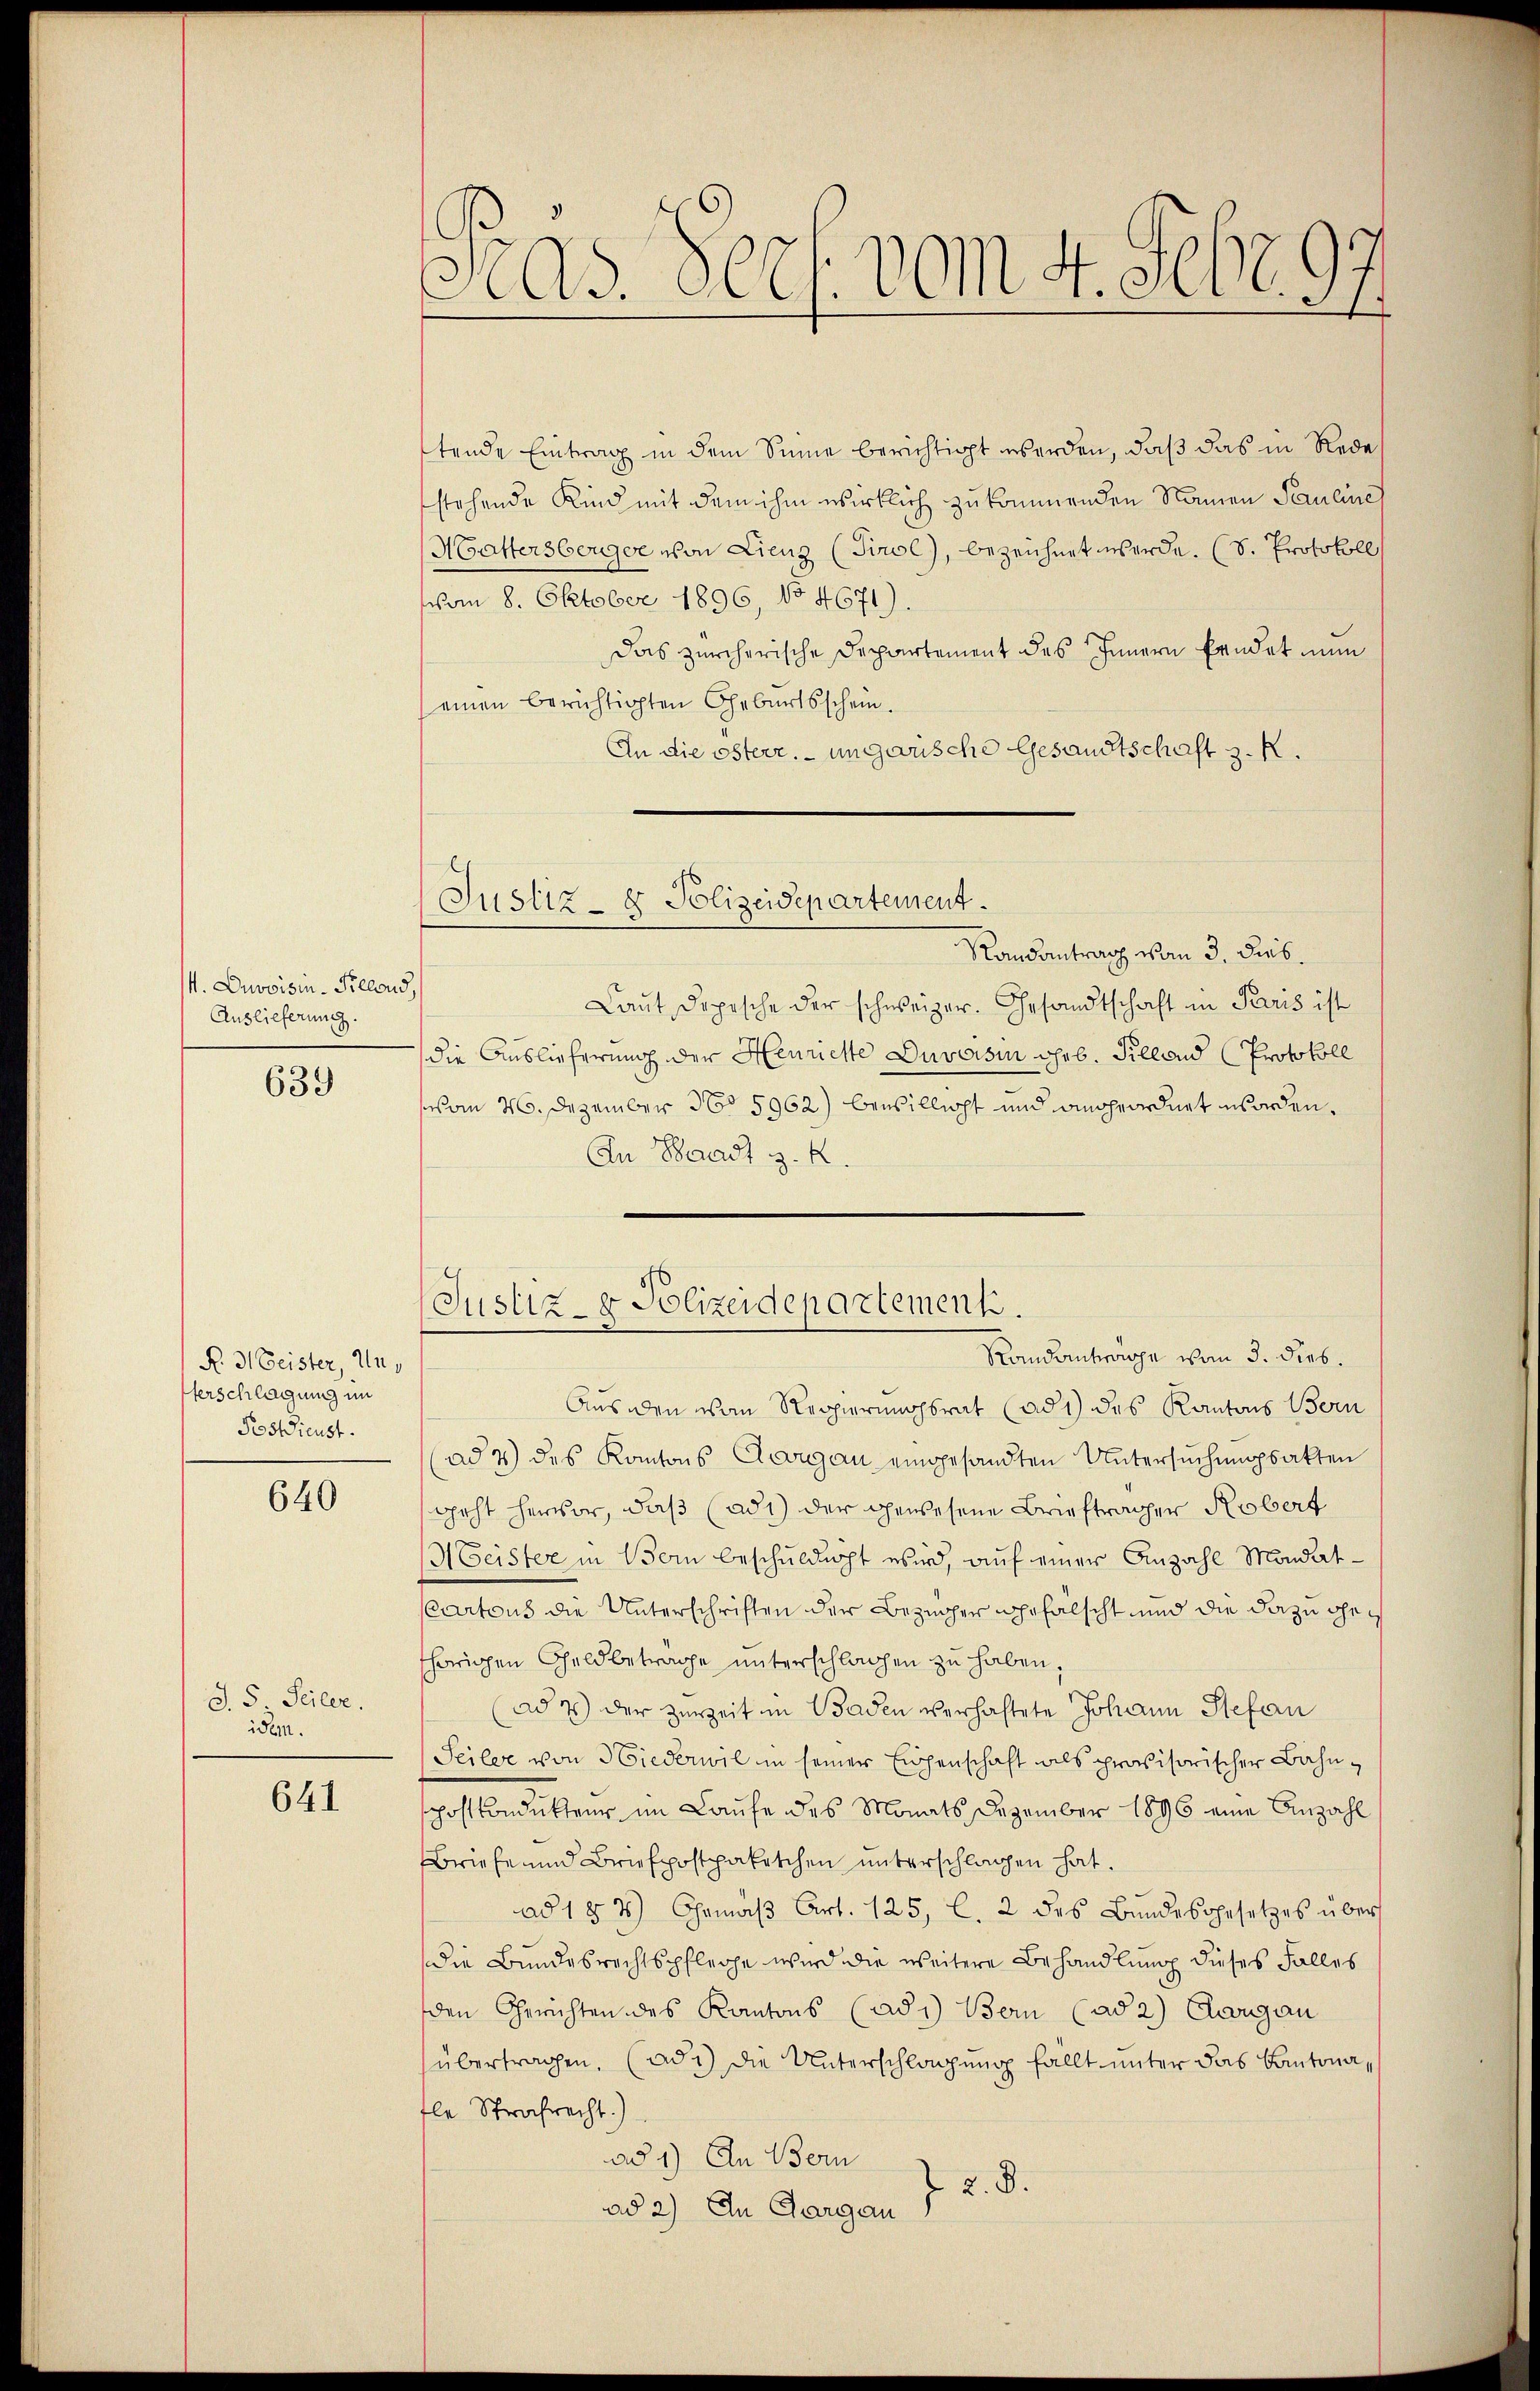
4. Duvoisin - Recens,
Auslieferung.

639

N. 3. Beister, Unferschlagung im
Postdienst.

640

§. 5. Seiler.
iden.

641

Pras. Pech. vom 4. Febr. 97.

tende Eintrag in dem Sinne berichtigt werden, daß das in Rede
stehende Kind mit dem ihm wirklich zu kommenden Namen Pauline
Mattersberger von Lienz (Tirol, bezeichnet werde. (S. Protokoll
vom 8. Oktober 1896, No 4671).
Das zürcherische Departement des Innern Erndet nun
einen berichtigten Geburtsschein.
An die österr. ungarische Gesandtschaft z. R.
Randantrag von 3. dies.
Laut Depesche der schweizer. Gesandtschaft in Paris ist
die Auslieferung der Henrichte Duvoisin geb. Silland (Protokoll
vom 26. Dezember 16. 5962) bewillicht und angeordnet worden.
An Waadt z. B.
Justiz- & Polizeidepartement.
Randantrage vom 3. dies
Aus den von Reppiermachsrat (ad 1) des Kantons Bern
ad 4) des Kantons Aargau eingesandten Untersuchungsakten
geht hervor, daß (adi) der gewesene Briefträger Robert
(Meister in Bom beschuldigt wird, auf einer Anzahl Mandat¬
Cartous die Unterschriften der Bezüger ehrfälscht und die dazu heis
thörigen Geldbetrage unterschlachen zu haben.
(ad 7) der zurzeit in Baden verhaltete Johann Stefan
Seiler von Niederwil in seiner Einsenschaft als provisorischer Bahnspostkondukteur im Laufe des Monats Dezember 1896 eine Anzahl
Briefe und Briefpostpaketchen unterschlagen hat.
ad 124.) Chemäβ Art. 125, l. 2 des Bŭndesgesetzes über
Die Bundesrechtspflege wird die weitere Behandlung dieses Falles
den Gerichten des Kantons (adi) Bei (ad 2) Eingan
übertragen, (ad c) die Unterschlagung fällt unter das Kantonafle Strafrecht.)
ad 1) An Bern
2.8.
ad 2) An Gargau

Justiz- & Polizeidepartement.